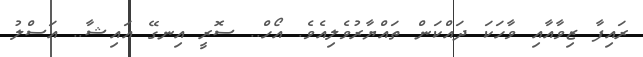
ރައިފާ ޒިވާއާއި ވާހަކަ ދައްކަން ތައްޔާރުވެލިއެވެ. އޯހް.. ސޮރީ އިނގޭ އައިޝާ.. އަސްލު